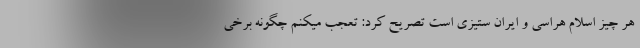
هر چیز اسلام هراسی و ایران ستیزی است تصریح کرد: تعجب میکنم چگونه برخی